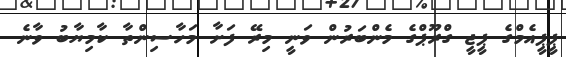
ޕީޕީއެމްގެ ޕީޖީ ގްރޫޕްގެ މެންބަރުން ވަނީ މިރޭ ފަށާ މަހާސިންތާ ކާމިޔާބު ވާނެ